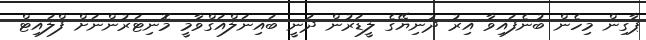
ޕާގިން މިހެން ބުނެފައިވާ އިރު ދުނިޔޭގެ ލީޑަރުން ދަނީ ބައިނަލްއަގްވާމީ މޮނިޓަރުންނަށް ފްލައިޓް